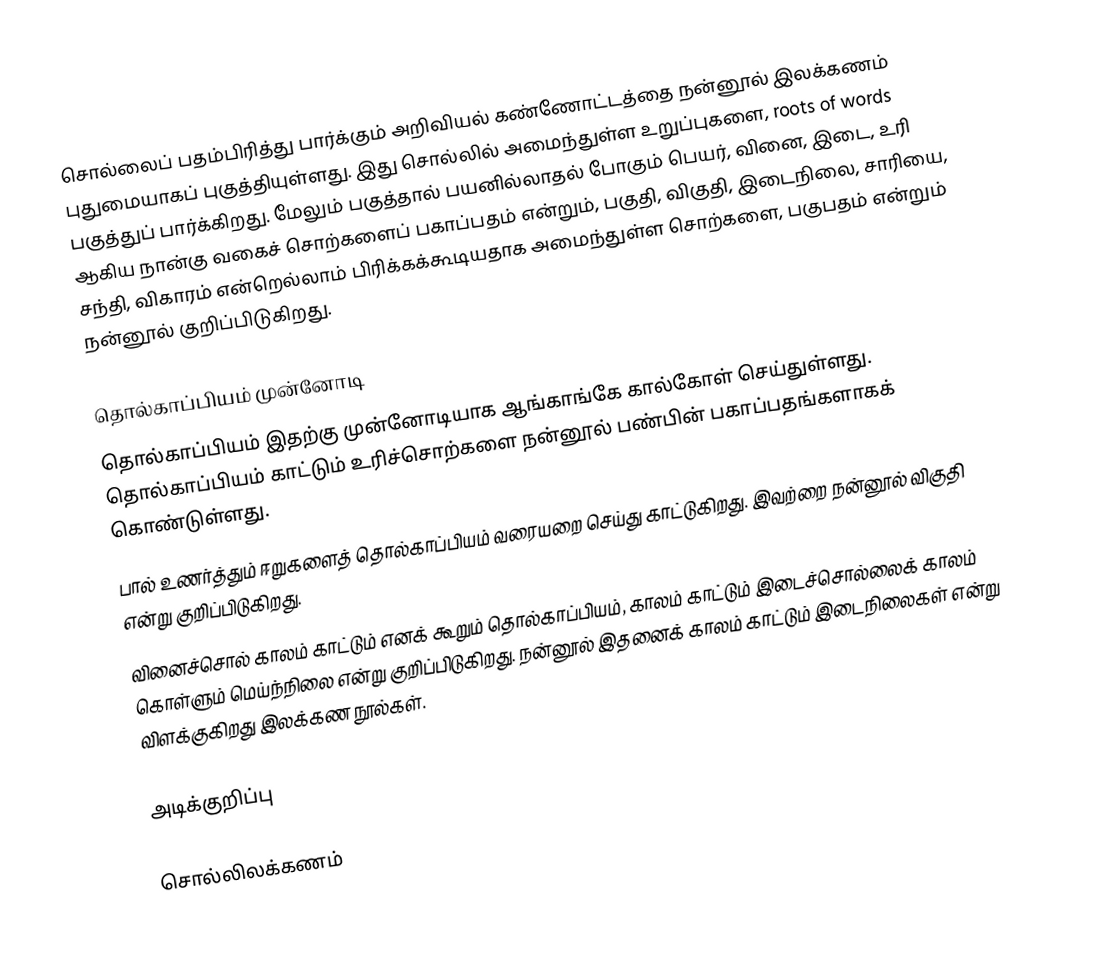
சொல்லைப் பதம்பிரித்து பார்க்கும் அறிவியல் கண்ணோட்டத்தை நன்னூல் இலக்கணம் புதுமையாகப் புகுத்தியுள்ளது. இது சொல்லில் அமைந்துள்ள உறுப்புகளை, roots of words பகுத்துப் பார்க்கிறது.  மேலும் பகுத்தால் பயனில்லாதல் போகும் பெயர், வினை, இடை, உரி ஆகிய நான்கு வகைச் சொற்களைப் பகாப்பதம் என்றும், பகுதி, விகுதி, இடைநிலை, சாரியை, சந்தி, விகாரம் என்றெல்லாம் பிரிக்கக்கூடியதாக அமைந்துள்ள சொற்களை, பகுபதம் என்றும் நன்னூல் குறிப்பிடுகிறது.

தொல்காப்பியம் முன்னோடி
 தொல்காப்பியம் இதற்கு முன்னோடியாக ஆங்காங்கே கால்கோள் செய்துள்ளது. தொல்காப்பியம் காட்டும் உரிச்சொற்களை நன்னூல் பண்பின் பகாப்பதங்களாகக் கொண்டுள்ளது.
 பால் உணர்த்தும் ஈறுகளைத் தொல்காப்பியம்  வரையறை செய்து காட்டுகிறது. இவற்றை நன்னூல் விகுதி என்று குறிப்பிடுகிறது.
 வினைச்சொல் காலம் காட்டும் எனக் கூறும் தொல்காப்பியம், காலம் காட்டும் இடைச்சொல்லைக் காலம் கொள்ளும் மெய்ந்நிலை என்று குறிப்பிடுகிறது.  நன்னூல் இதனைக் காலம் காட்டும் இடைநிலைகள் என்று விளக்குகிறது இலக்கண நூல்கள்.

அடிக்குறிப்பு

சொல்லிலக்கணம்